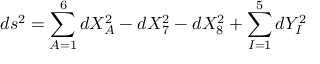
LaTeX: d s ^ { 2 } = \sum _ { A = 1 } ^ { 6 } d X _ { A } ^ { 2 } - d X _ { 7 } ^ { 2 } - d X _ { 8 } ^ { 2 } + \sum _ { I = 1 } ^ { 5 } d Y _ { I } ^ { 2 }